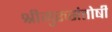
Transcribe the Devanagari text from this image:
श्रीगुरुसंतोषी